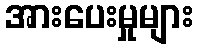
အားပေးမှုများ